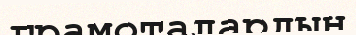
грамоталардың